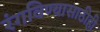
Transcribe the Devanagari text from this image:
रंगविण्यासाठीही